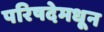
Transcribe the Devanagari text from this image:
परिषदेमधून